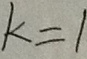
k = 1